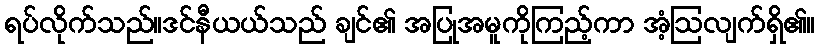
ရပ်လိုက်သည်။ဒင်နီယယ်သည် ချင်၏ အပြုအမူကိုကြည့်ကာ အံ့ဩလျက်ရှိ၏။